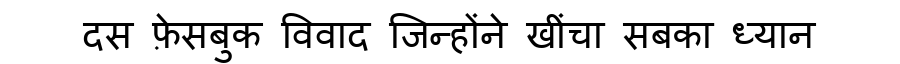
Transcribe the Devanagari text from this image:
दस फ़ेसबुक विवाद जिन्होंने खींचा सबका ध्यान